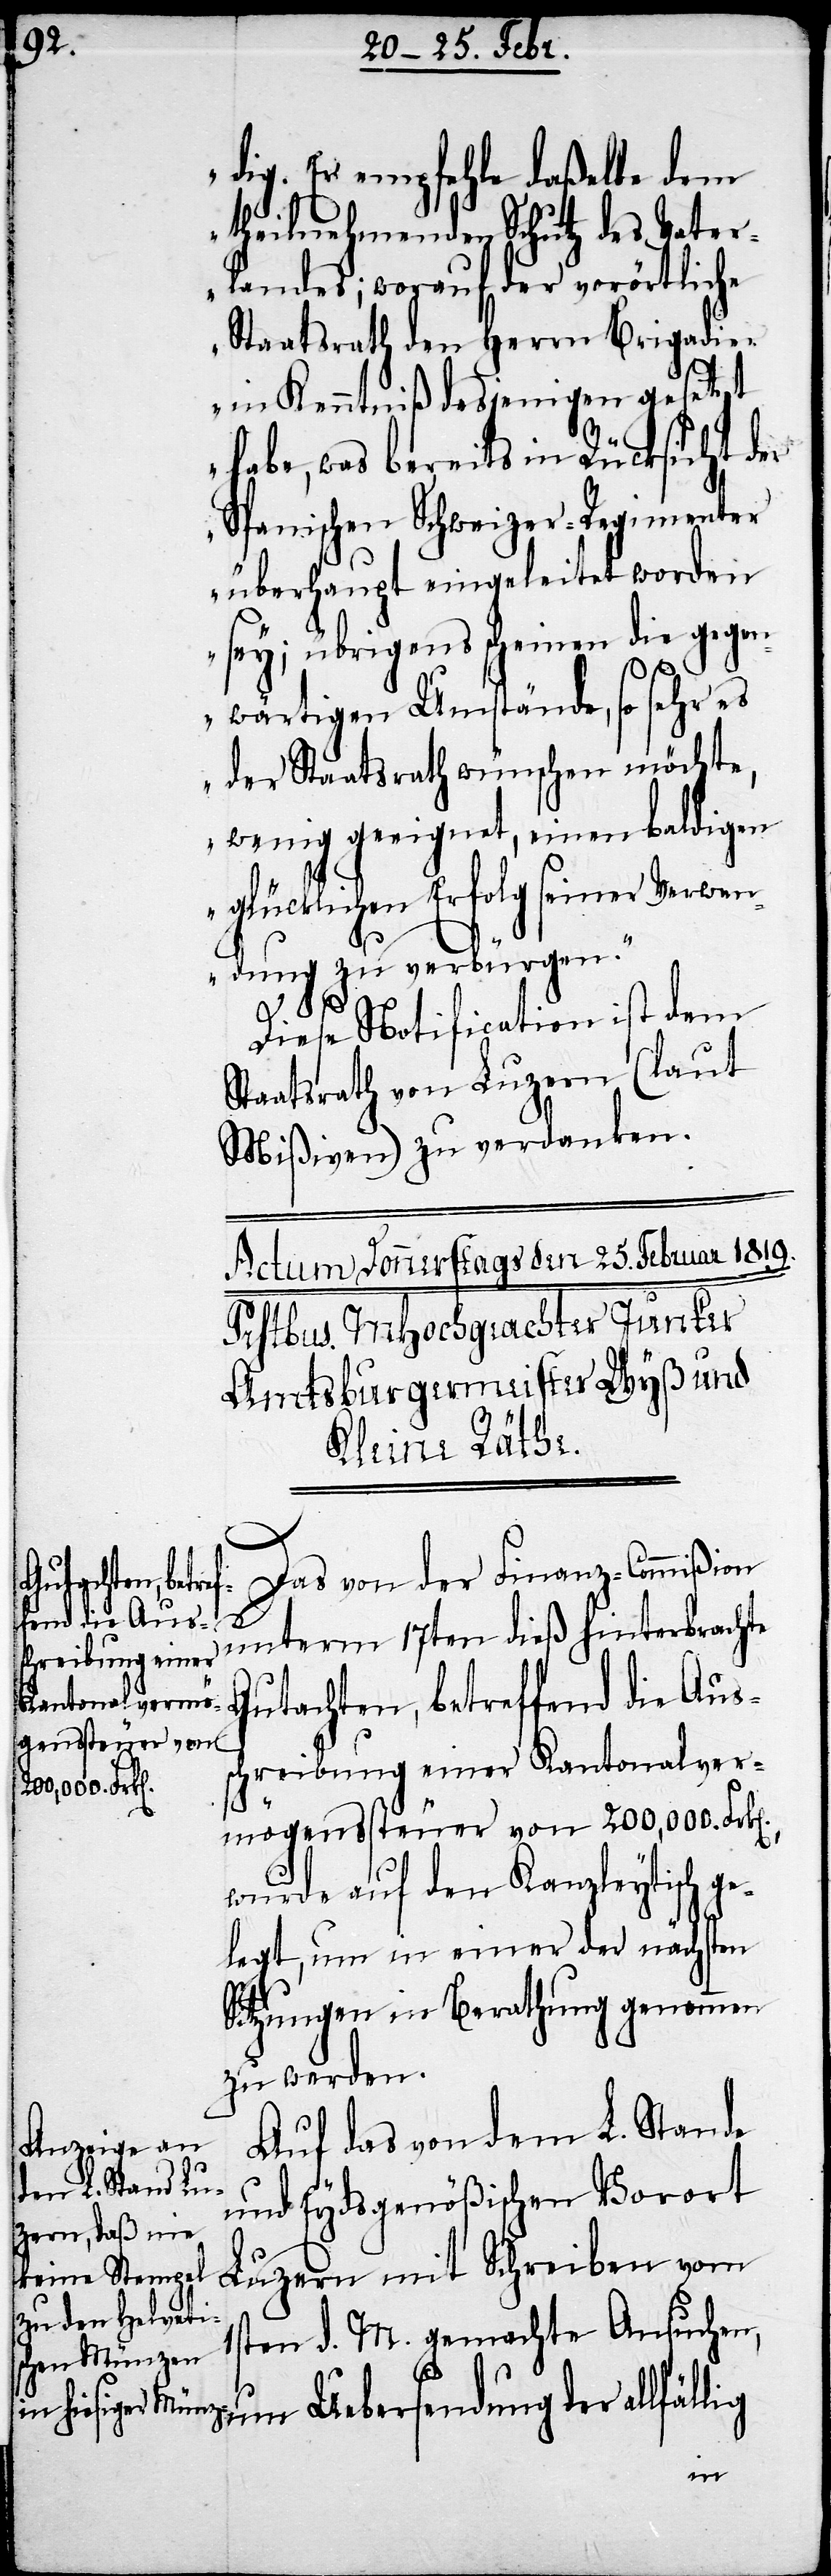
dig. Er empfehle daßelbe dem
theilnehmenden Schutz des Vater¬
landes; worauf der vorörtliche
Staatsrath den Herrn Brigadie¬
r in Kenntniß desjenigen gesetzt
n].
habe, was bereits in Rücksicht der
Spanischen Schweizer-Regimenter
überhaupt eingeleitet worden
sey; übrigens schienen die gegen¬
wärtigen Umstände, so sehr es
der Staatsrath wünschen möchte,
wenig geeignet, einen baldigen
glücklichen Erfolg seiner Verwen¬
dung zu verbürgen.“
Diese Notification ist dem
Staatsrath von Luzern (laut
Mißiven) zu verdanken.
Das von der Finanz-Commißion
unterm 17ten dieß hinterbrachte
Gutachten, betreffend die Aus¬
schreibung einer Kantonalver¬
mögenssteuer von 200,000. Frk[e¬
wurde auf den Kanzleytisch ge¬
legt, um in einer der nächsten
Sitzungen in Berathung genommen
zu werden.
Auf das von dem L. Stande
und Eydsgenößischen Vorort
Luzern mit Schreiben vom
1sten d. M. gemachte Ansuchen,
um Uebersendung der allfällig